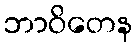
ဘာဝိတေန